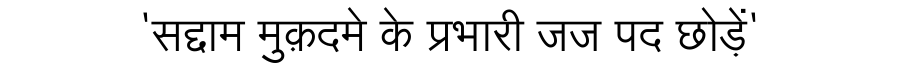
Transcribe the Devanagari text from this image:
'सद्दाम मुक़दमे के प्रभारी जज पद छोड़ें'